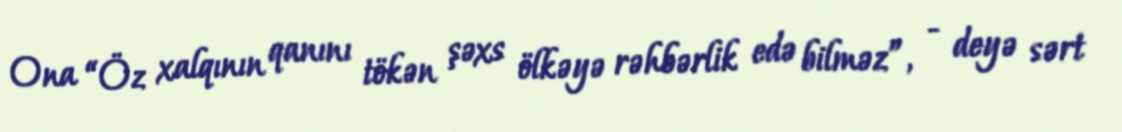
Ona “Öz xalqının qanını tökən şəxs ölkəyə rəhbərlik edə bilməz”, - deyə sərt